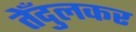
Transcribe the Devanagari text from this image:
तेँदुलकर